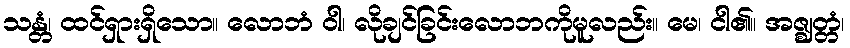
သန္တံ၊ ထင်ရှားရှိသော။ လောဘံ ဝါ၊ လိုချင်ခြင်းလောဘကိုမူလည်း။ မေ၊ ငါ၏။ အဇ္ဈတ္တံ၊